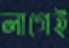
লাগেই